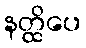
နတ္ထိပေ